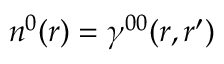
n ^ { 0 } ( r ) = \gamma ^ { 0 0 } ( r , r ^ { \prime } )